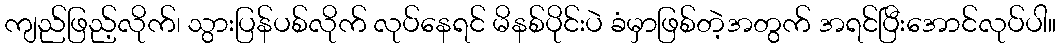
ကျည်ဖြည့်လိုက်၊ သွားပြန်ပစ်လိုက် လုပ်နေရင် မိနစ်ပိုင်းပဲ ခံမှာဖြစ်တဲ့အတွက် အရင်ပြီးအောင်လုပ်ပါ။